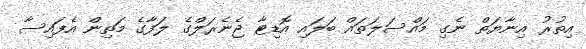
އިތުރު އިނާޔަތް ނެގި މައްސަލަތައް ބަލައި އޮޑިޓާ ޖެނެރަލްގެ ލަފާގެ މަތިން އެފައިސާ